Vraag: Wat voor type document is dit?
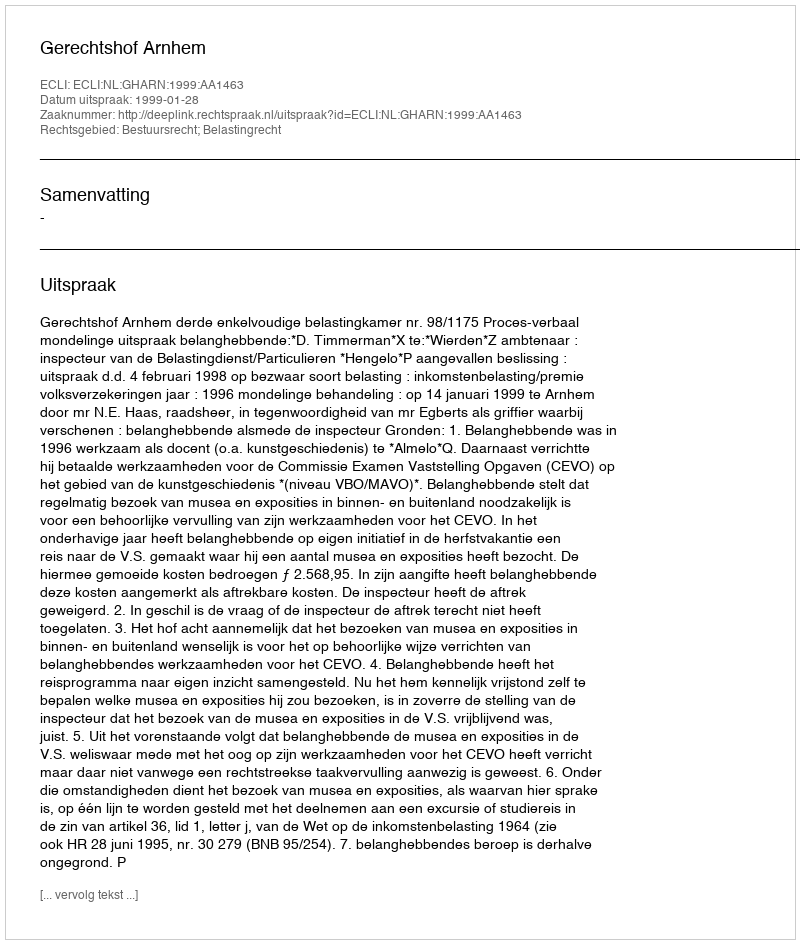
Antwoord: Uitspraak